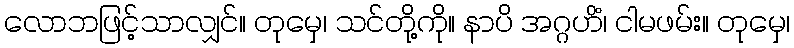
လောဘဖြင့်သာလျှင်။ တုမှေ၊ သင်တို့ကို။ နာပိ အဂ္ဂဟိံ၊ ငါမဖမ်း။ တုမှေ၊